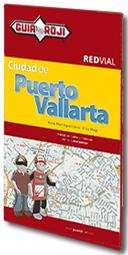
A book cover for Puerto Vallarta City Map (English and Spanish Edition); Guia Roji; Travel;